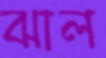
ঝাল